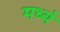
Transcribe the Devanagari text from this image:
मध्यं